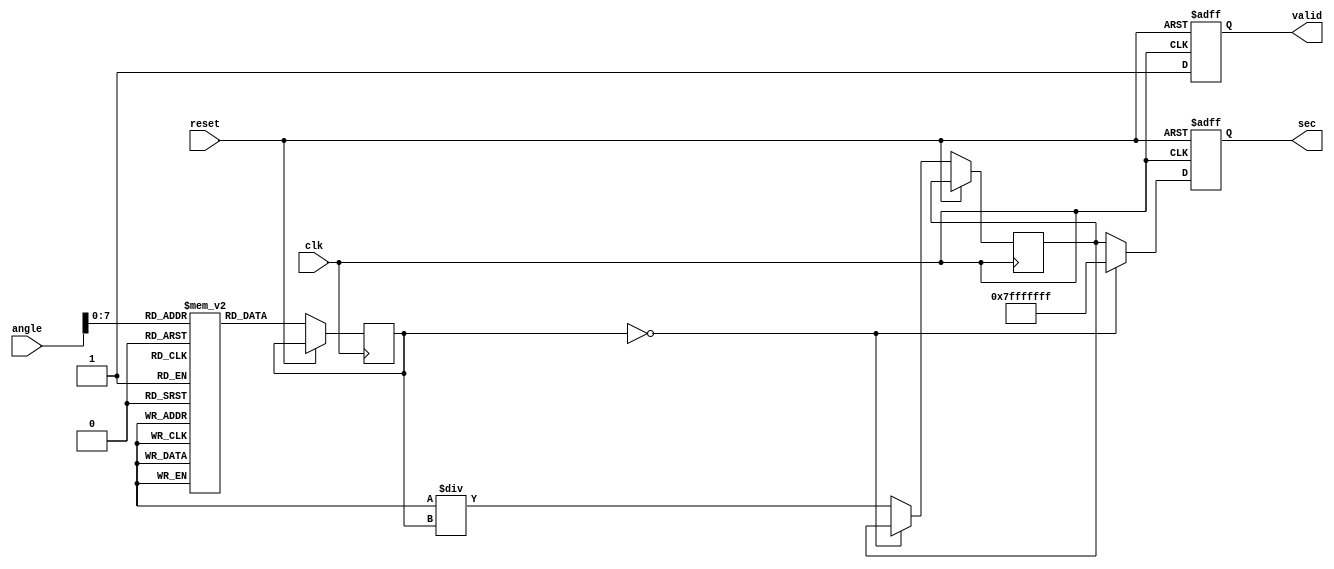
module secant(
    input wire [15:0] angle, // Fixed-point representation of the angle in radians
    output reg [31:0] sec,   // Fixed-point representation of secant value
    output reg valid,        // Valid output signal
    input wire clk,          // Clock signal
    input wire reset         // Reset signal
);

// Parameters
parameter LUT_SIZE = 256; // Size of the LUT
parameter MAX_SEC = 32'h7FFFFFFF; // Maximum value for secant to prevent overflow

// Cosine Lookup Table (LUT)
reg [31:0] cos_lut [0:LUT_SIZE-1]; // LUT for cosine values

// Initialize the cosine lookup table (this should be done in a separate initialization block)
initial begin
    // Populate the LUT with precomputed cosine values (for example purposes, this should be filled with actual values)
    // cos_lut[i] = cos(i * 2 * pi / LUT_SIZE) * (2^16); // Scale to fixed-point
    // For simplicity, we will just initialize a few values
    cos_lut[0] = 32'h10000; // cos(0) = 1.0 * (2^16)
    cos_lut[64] = 32'h0;    // cos(pi/2) = 0
    cos_lut[128] = -32'h10000; // cos(pi) = -1.0 * (2^16)
    cos_lut[192] = 32'h0;   // cos(3pi/2) = 0
    // You would fill out the rest of the LUT here...
end

// Internal signals
reg [31:0] cosine_value;
reg [31:0] reciprocal;

// Compute secant
always @(posedge clk or posedge reset) begin
    if (reset) begin
        sec <= 32'b0;
        valid <= 1'b0;
    end else begin
        // Calculate cosine using LUT
        cosine_value <= cos_lut[angle[7:0]]; // Use the lower 8 bits of the angle for LUT indexing
        
        // Check for zero cosine to prevent division by zero
        if (cosine_value == 32'b0) begin
            sec <= MAX_SEC; // Output maximum value on division by zero
            valid <= 1'b1;  // Indicate valid output
        end else begin
            // Calculate reciprocal (1/cosine_value)
            reciprocal <= (32'h100000000 / cosine_value); // Fixed-point division (1 * 2^32 / cosine_value)
            sec <= reciprocal; // Output secant value
            valid <= 1'b1; // Indicate valid output
        end
    end
end

endmodule